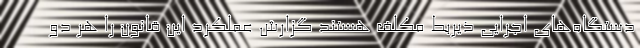
دستگاه‌های اجرایی ذیربط مکلف هستند گزارش عملکرد این قانون را هر دو